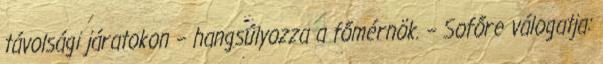
távolsági járatokon – hangsúlyozza a főmérnök. – Sofőre válogatja: